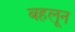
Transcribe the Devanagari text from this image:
बहलून